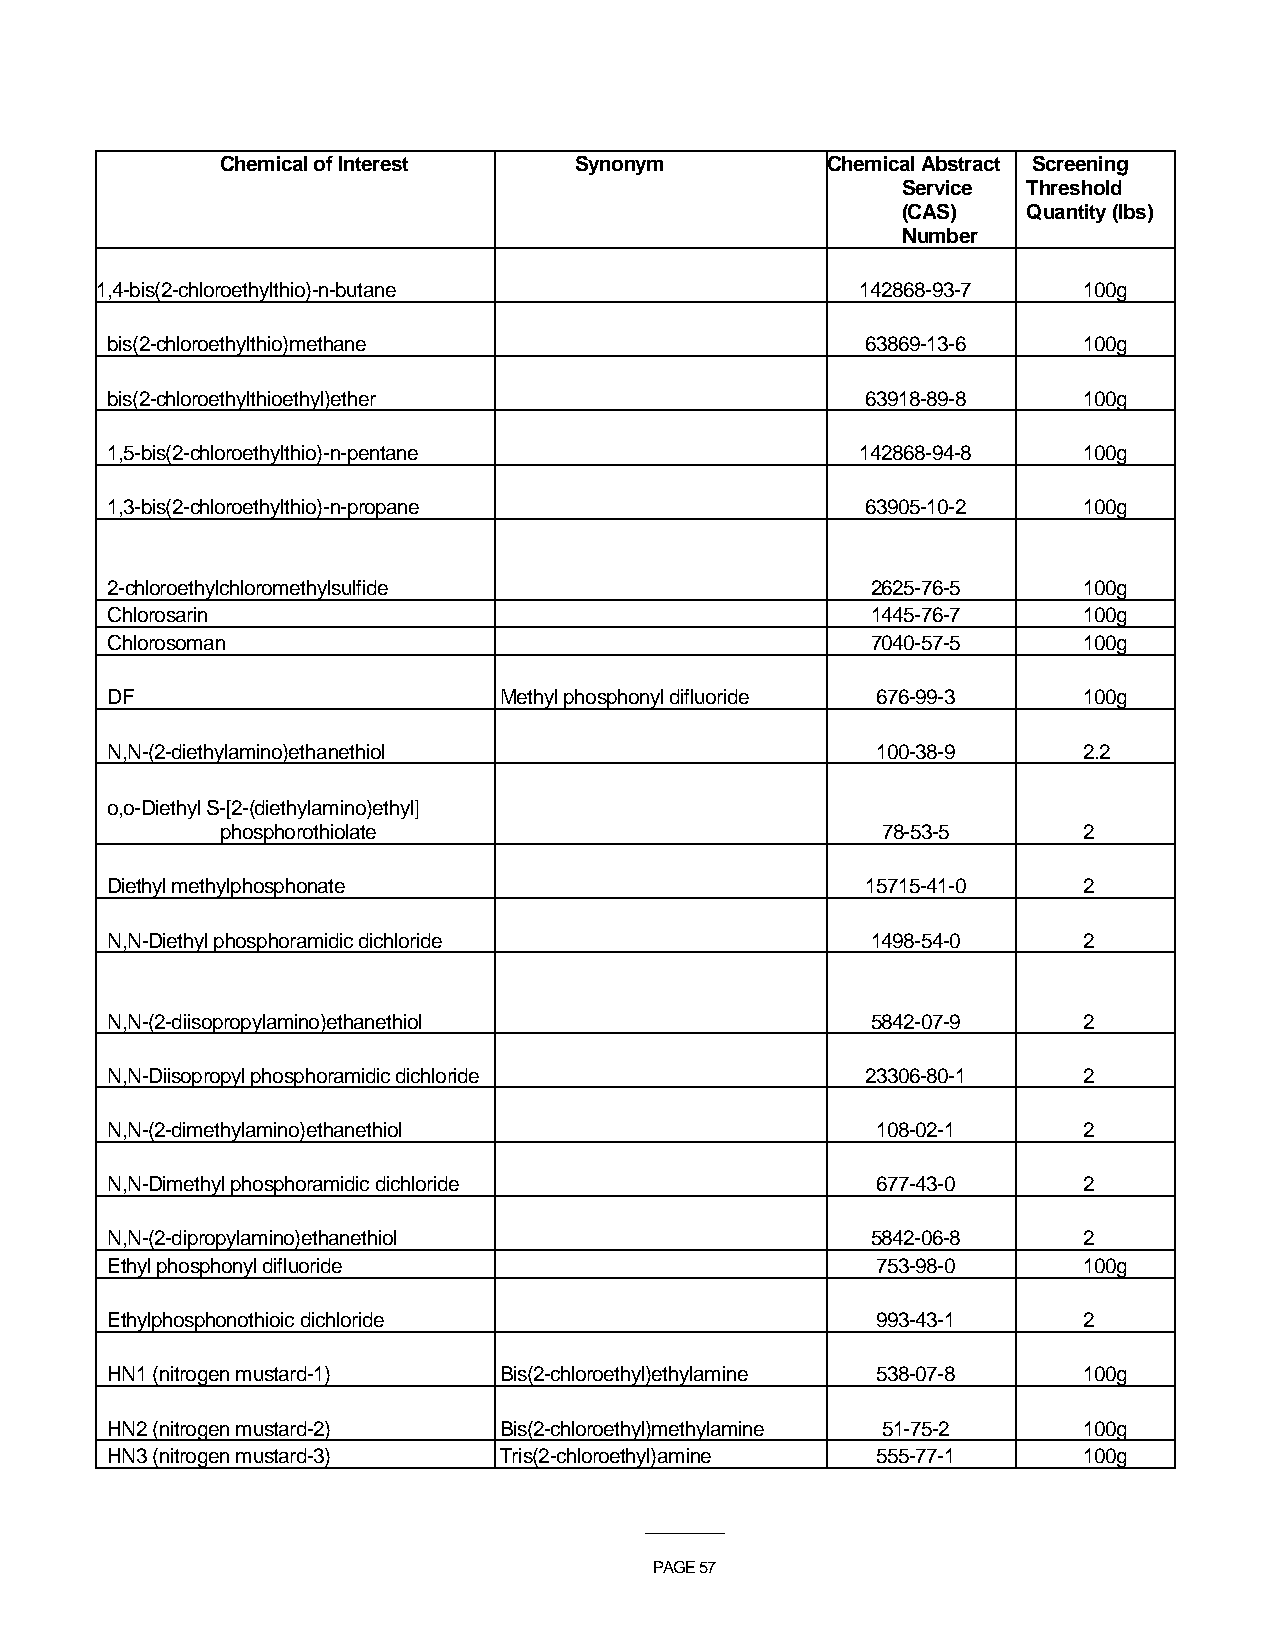
Chemical of Interest   Synonym          Chemical Abstract Screening
 Service Threshold
 (CAS)   Quantity (lbs)
 Number
 1,4-bis(2-chloroethylthio)-n-butane                142868-93-7    100g
 bis(2-chloroethylthio)methane                     63869-13-6     100g
 bis(2-chloroethylthioethyl)ether                  63918-89-8     100g
 1,5-bis(2-chloroethylthio)-n-pentane              142868-94-8    100g
 1,3-bis(2-chloroethylthio)-n-propane              63905-10-2     100g
 2-chloroethylchloromethylsulfide                   2625-76-5     100g
 Chlorosarin                                        1445-76-7     100g
 Chlorosoman                                        7040-57-5     100g
 DF                        Methyl phosphonyl difluoride 676-99-3  100g
 N,N-(2-diethylamino)ethanethiol                    100-38-9      2.2
 o,o-Diethyl S-[2-(diethylamino)ethyl]
 phosphorothiolate                          78-53-5       2
 Diethyl methylphosphonate                         15715-41-0     2
 N,N-Diethyl phosphoramidic dichloride              1498-54-0     2
 N,N-(2-diisopropylamino)ethanethiol                5842-07-9     2
 N,N-Diisopropyl phosphoramidic dichloride         23306-80-1     2
 N,N-(2-dimethylamino)ethanethiol                   108-02-1      2
 N,N-Dimethyl phosphoramidic dichloride             677-43-0      2
 N,N-(2-dipropylamino)ethanethiol                   5842-06-8     2
 Ethyl phosphonyl difluoride                        753-98-0      100g
 Ethylphosphonothioic dichloride                    993-43-1      2
 HN1 (nitrogen mustard-1)  Bis(2-chloroethyl)ethylamine 538-07-8  100g
 HN2 (nitrogen mustard-2)  Bis(2-chloroethyl)methylamine 51-75-2  100g
 HN3 (nitrogen mustard-3)  Tris(2-chloroethyl)amine 555-77-1      100g
 ___________
 PAGE 57